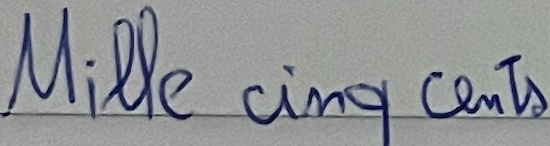
Mille cinq cents